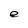
Character: e